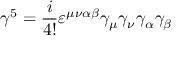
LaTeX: \gamma ^ { 5 } = { \frac { i } { 4 ! } } \varepsilon ^ { \mu \nu \alpha \beta } \gamma _ { \mu } \gamma _ { \nu } \gamma _ { \alpha } \gamma _ { \beta }